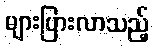
များပြားလာသည့်